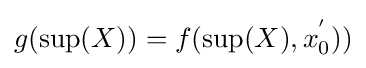
g(\sup(X))=f(\sup(X),x_{0}^{'}))